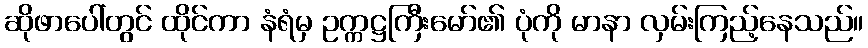
ဆိုဖာပေါ်တွင် ထိုင်ကာ နံရံမှ ဥက္ကဋ္ဌကြီးမော်၏ ပုံကို မာနာ လှမ်းကြည့်နေသည်။